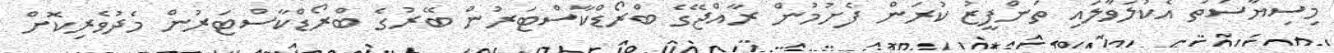
މިސިޔާސަތު އެކުލަވާލައި ތަންފީޒު ކުރަން ފެށުމުން ރާއްޖޭގެ ބްރޯޑްކާސްޓަރުން ބޭރުގެ ބްރޯޑްކާސްޓަރުން މެދުވެރިކޮށް